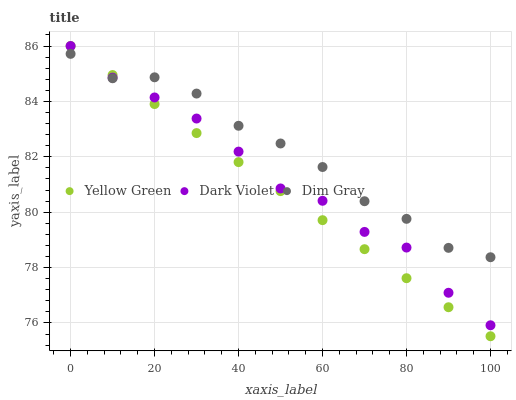
| xaxis_label | Yellow Green | Dark Violet | Dim Gray |
 | --- | --- | --- | --- |
 | 0 | 86 | 86 | 85.7 |
 | 10 | 85 | 84.9 | 84.8 |
 | 20 | 83.9 | 84.1 | 84.9 |
 | 30 | 82.9 | 83.4 | 84.3 |
 | 40 | 81.8 | 82.2 | 83.1 |
 | 50 | 80.8 | 80.9 | 82.5 |
 | 60 | 79.7 | 80.4 | 81.6 |
 | 70 | 78.7 | 79.3 | 80.4 |
 | 80 | 77.6 | 78.7 | 79.8 |
 | 90 | 76.6 | 77.1 | 78.7 |
 | 100 | 75.5 | 75.9 | 78.4 |